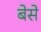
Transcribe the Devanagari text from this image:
बेसे